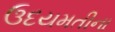
ઉદયમતીના